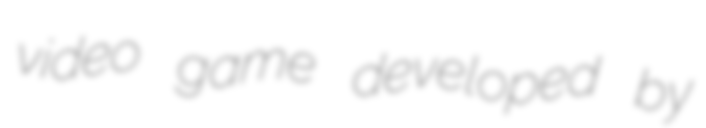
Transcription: video game developed by